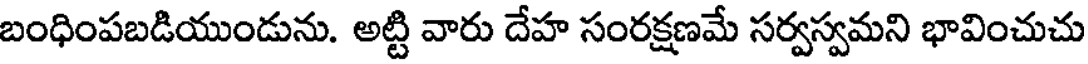
బంధింపబడియుండును. అట్టి వారు దేహ సంరక్షణమే సర్వస్వమని భావించుచు